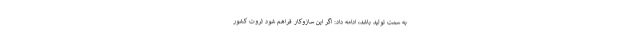
به سمت تولید باشد، ادامه داد: اگر این سازوکار فراهم شود ثروت کشور